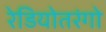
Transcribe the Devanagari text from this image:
रेडियोतरंगो